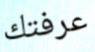
عرفتك